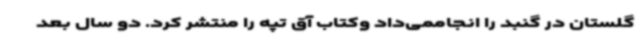
گلستان در گنبد را انجاممی‌داد وکتاب آق تپه را منتشر کرد. دو سال بعد